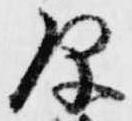
原